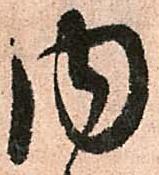
内